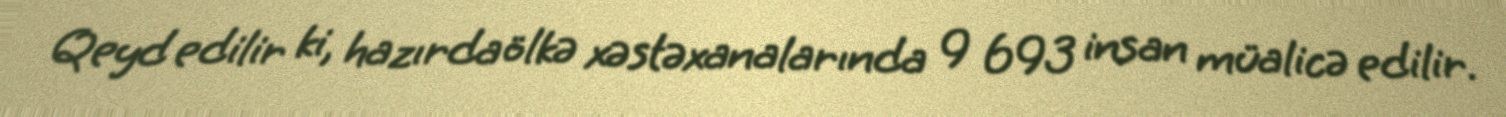
Qeyd edilir ki, hazırda ölkə xəstəxanalarında 9 693 insan müalicə edilir.